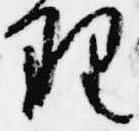
理